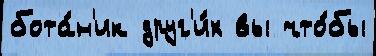
бота́н'ик друг'и́х вы что́бы